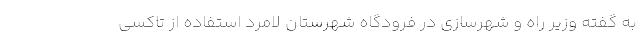
به گفته وزیر راه و شهرسازی در فرودگاه شهرستان لامرد استفاده از تاکسی